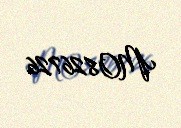
MO826726